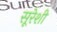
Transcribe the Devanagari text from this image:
सूरेशी